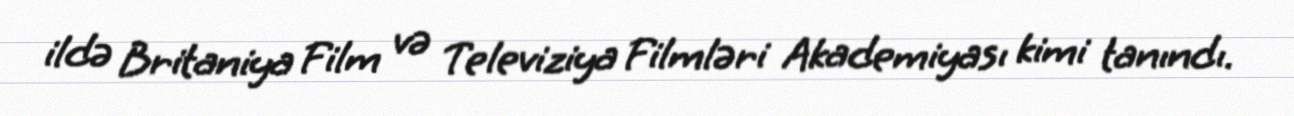
ildə Britaniya Film və Televiziya Filmləri Akademiyası kimi tanındı.